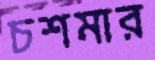
চশমার